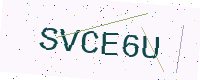
Text: SVCE6U